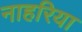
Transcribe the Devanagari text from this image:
नाहरिया